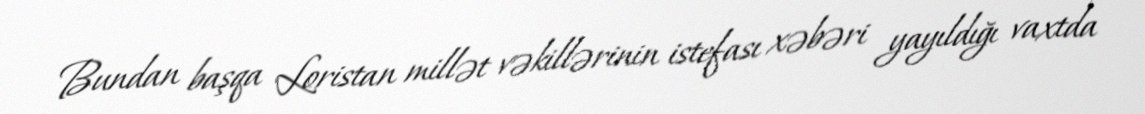
Bundan başqa Loristan millət vəkillərinin istefası xəbəri yayıldığı vaxtda